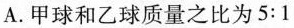
A. 甲球和乙球质量之比为5:1